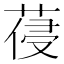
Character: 葠